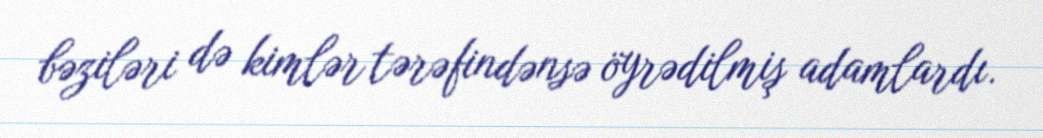
bəziləri də kimlər tərəfindənsə öyrədilmiş adamlardı.